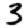
Digit: 3